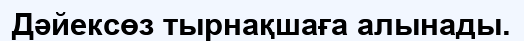
Дәйексөз тырнақшаға алынады.